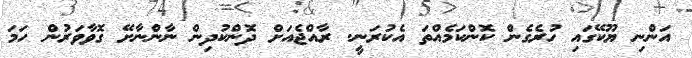
އަންނި ޔޫކޭގައި ހުރެގެން ކޮންކަމެއްތަ އެކުރަނީ. ރާއްޖެއަށް ދޮންކުދިން ނާންނާށޭ ގޮވާވަރުން ހަމަ